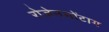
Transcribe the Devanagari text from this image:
रोजेनमोंटाग